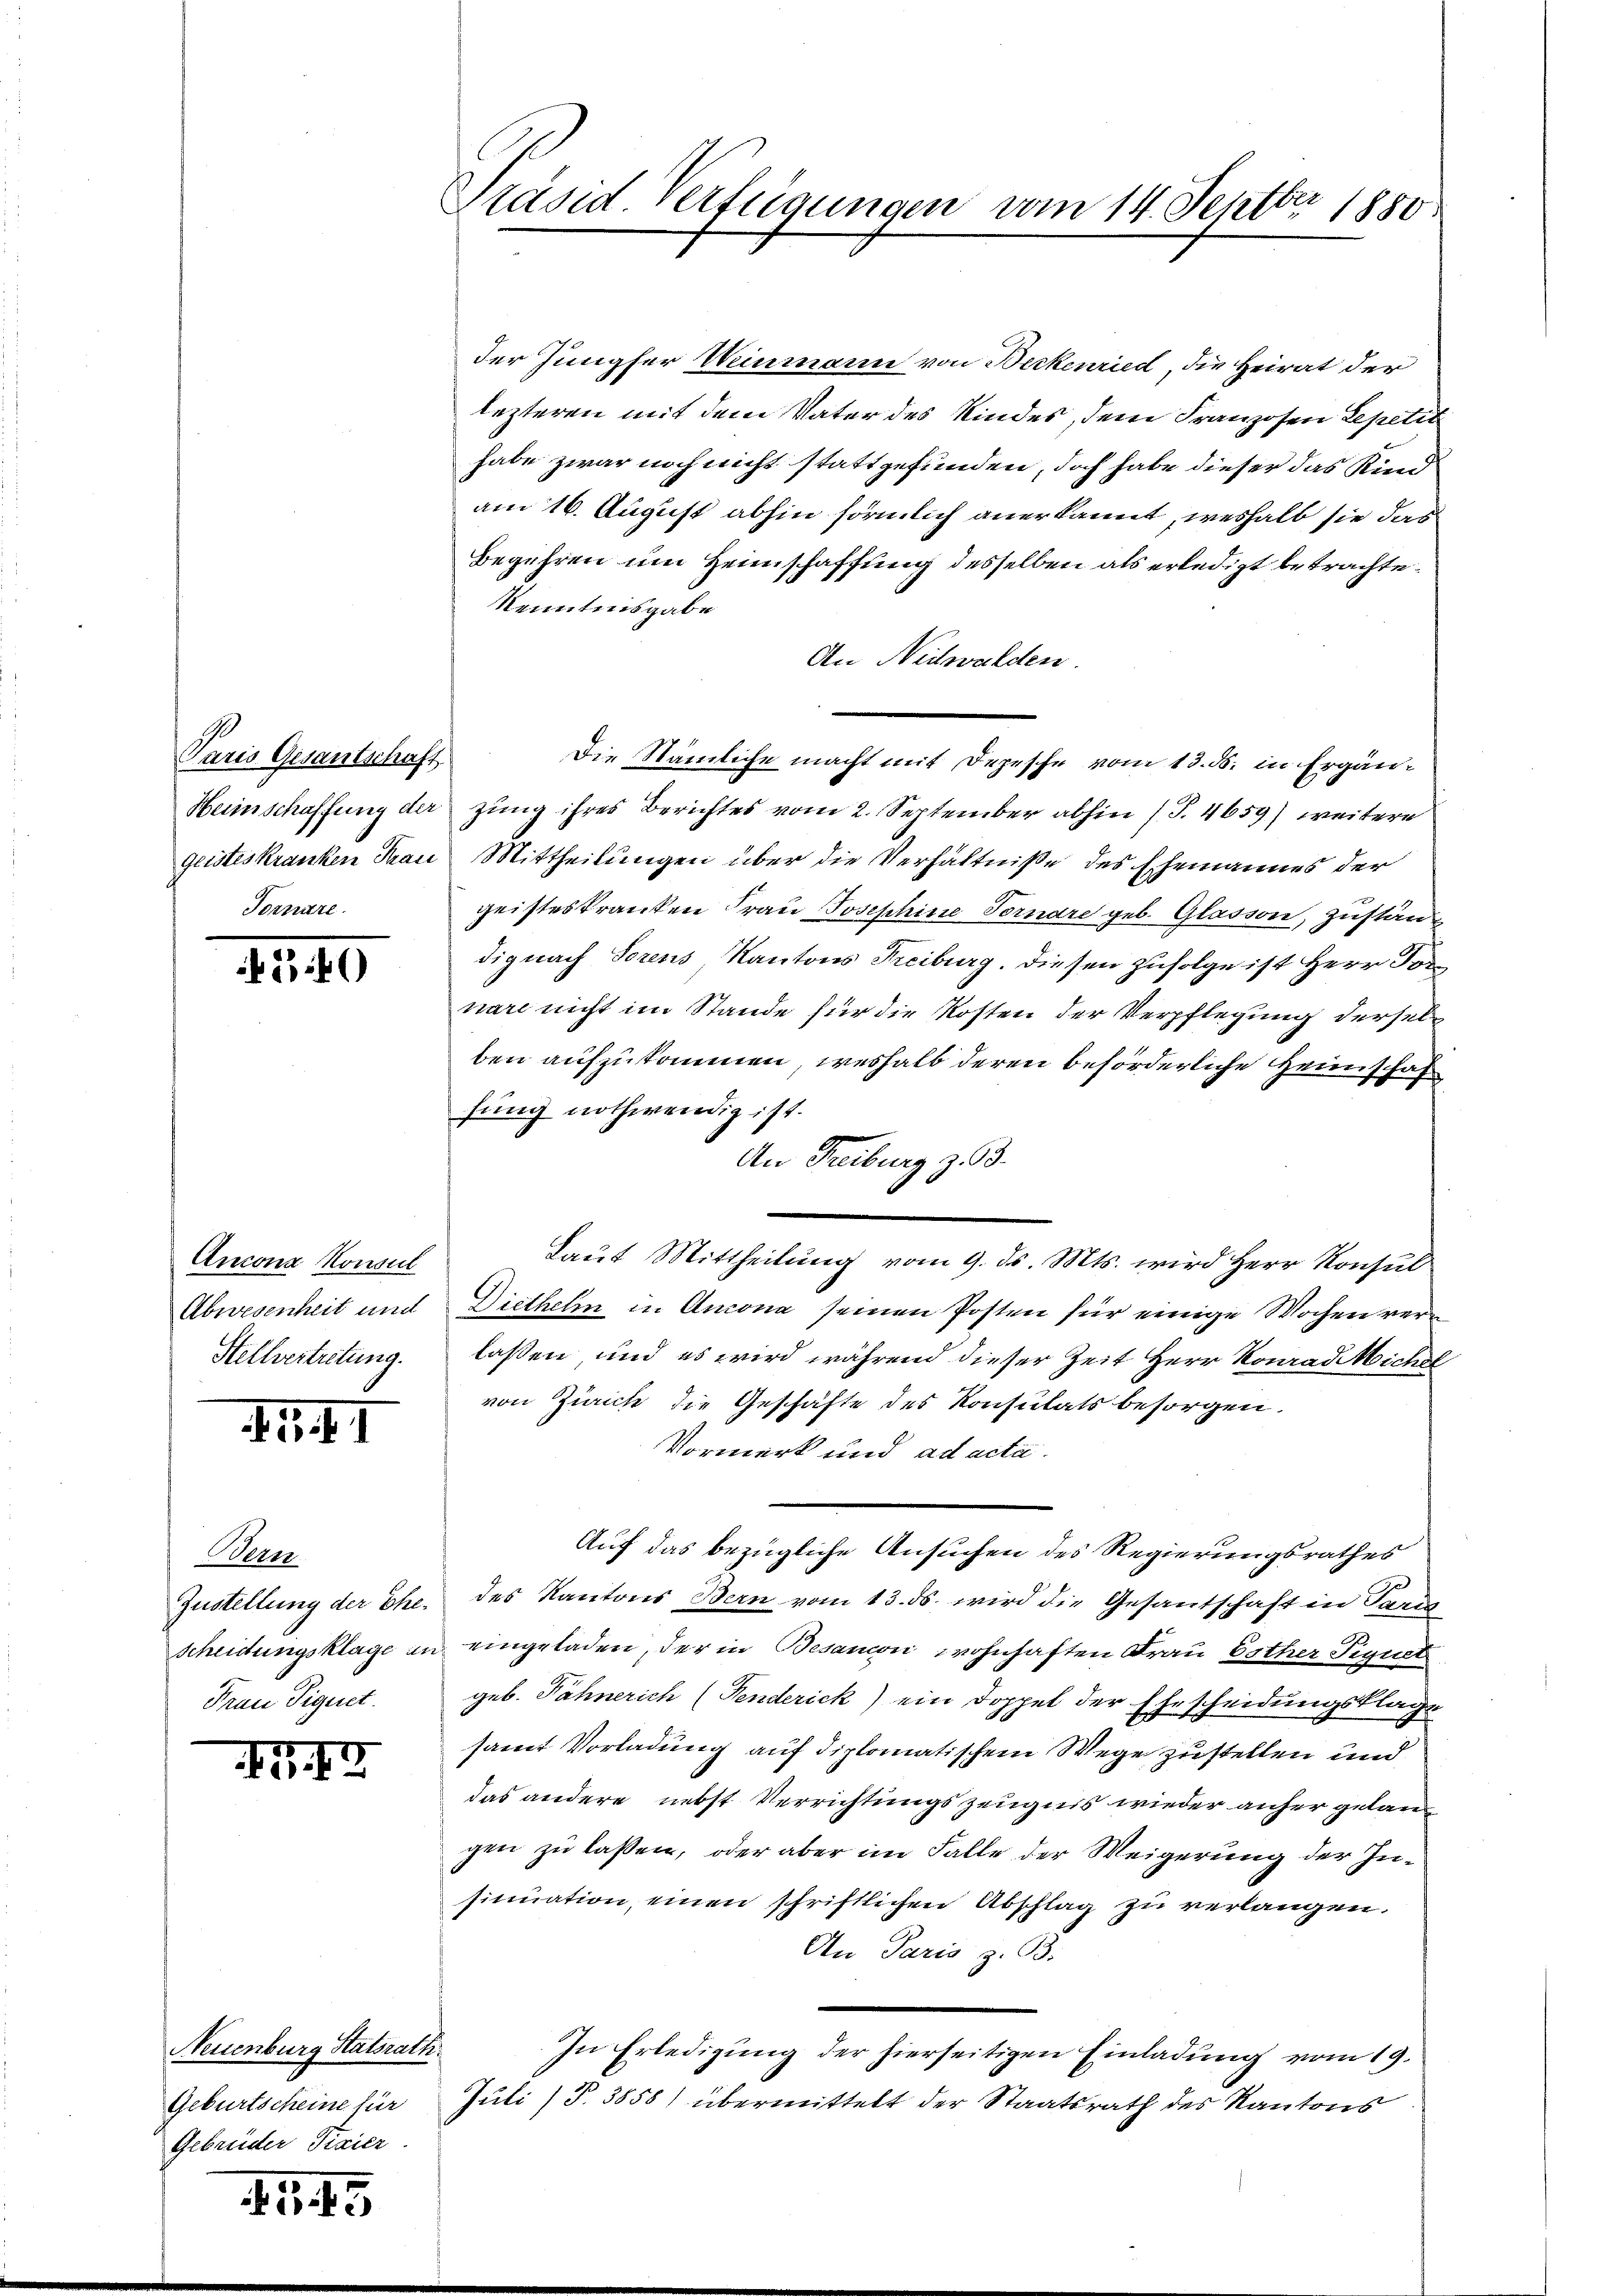
Paris Gesantschaft

4240

Ancona Konsul
Stellvertretung.

.5)

Bern
Scheidungsklage i
Frau Pignet.

G I

Neuenburg Statsrath.
Geburtscheine für
Gebrüder Fixier

II 15

Präsid. Verteigungen vom 14. Septbr 1880

der Jungfer Weinmann von Beckenried, die Heirat der
lezteren mit dem Vater des Kindes, dem Franzosen Lepetit
habe zwar noch nicht stattgefunden, doch habe dieser das Kind
am 16. August abhin förmlich anerkannt, weshalb sie das
Begehren um Heimschaffung desselben als erledigt betrachte.
Kenntnisgabe
An Nidwalden.
Die Stämliche macht mit Depesche vom 13. ds. in Ergän¬
Heinschaffung der zung ihres Berichtes vom 2. September abhin (S. 4659) weitere
geisteskranken Frau Mittheilungen über die Verhältnisse des Ehemannes der
geisteskranken Frau Josephine Vornare geb. Glasson, zustän
dignach Sorens Kantons Freiburg. Diesen zufolge ist Herr For
nare nicht im Stande für die Kosten der Verpflegung derselb
ben aufzukommen, weshalb deren beförderliche Heimschaf
fung nothwendig ist.
An Freiburg z. B.
Laut Mittheilung vom 9. ds. Mts. wird Herr Konsul
Abwesenheit und Diethelm in Ancona seinen Posten für einige Wochen vern
laßen, und es wird während dieser Zeit Herr Konrad Michel
von Zürich die Geschäfte des Konsulats besorgen.
Vormerk und ad acta
Auf das bezügliche Ansuchen des Regierungsrathes
Gustellung der Ehe. des Kantons Bern vom 13. ds. wird die Gesantschaft in Paris
u eingeladen, der in Besancon wohnhaften Frau bother Signet
geb. Fähnerich (Fenderick) ein Doppel der Ehescheidungsklage
samt Vorladung auf diplomatischem Wege zustellen und
das andere nebst Verrichtungszeugnis wieder anher gelangen zu lassen, oder aber im Falle der Weigerung der Insinuation, einen schriftlichen Abschlag zu verlangen.
An Paris z. B.
In Erledigung der hierseitigen Einladung vom 19.
Juli (T.3858) übermittelt der Staatsrath des Kantons